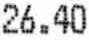
26.40